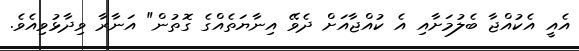
އެއީ އެކުއްޖާ ބެލުމަށާއި އެ ކުއްޖާއަށް ދެވޭ އިނާޔަތެއްގެ ގޮތުން" އަނާރާ ވިދާޅުވިއެވެ.